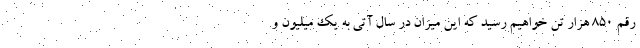
رقم 850 هزار تن خواهيم رسيد كه اين ميزان در سال آتي به يك ميليون و